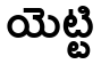
యెట్టి